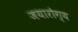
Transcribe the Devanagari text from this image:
जयारोग्य